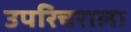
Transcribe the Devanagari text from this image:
उपरिचराला